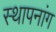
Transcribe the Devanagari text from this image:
स्थापनांग